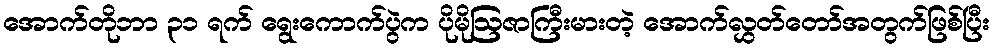
အောက်တိုဘာ ၃၁ ရက် ရွေးကောက်ပွဲက ပိုမိုဩဇာကြီးမားတဲ့ အောက်လွှတ်တော်အတွက်ဖြစ်ပြီး